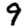
Digit: 9